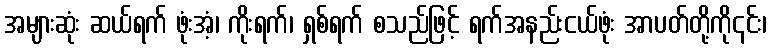
အများဆုံး ဆယ်ရက် ဖုံးအံ့၊ ကိုးရက်၊ ရှစ်ရက် စသည်ဖြင့် ရက်အနည်းငယ်ဖုံး အာပတ်တို့ကို၎င်း၊